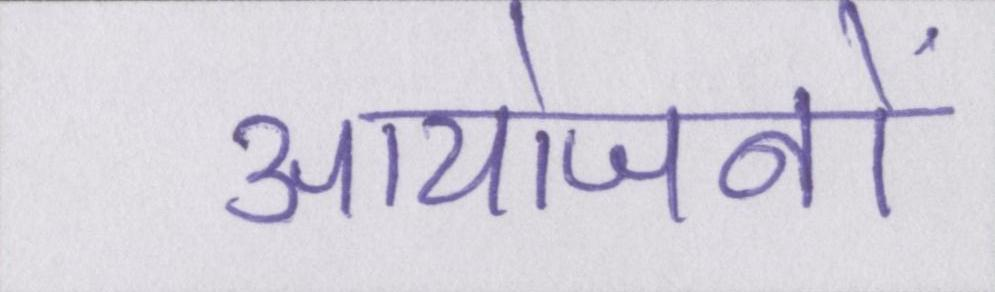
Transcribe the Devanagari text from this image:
आयोजनों